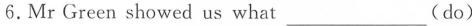
6.Mr Green showed us what___(do)